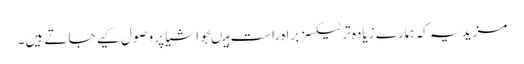
مزید یہ کہ ہمارے زیادہ تر ٹیکسز براہ ِراست ہیںجو اشیا پر وصول کیے جاتے ہیں۔